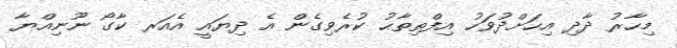
މިހާރު ދާދި އިހަށްދުވަހު އިފްތިތާޙު ކުރެވިގެން އެ ދިޔައީ އެއަރ ކާގޯ ނޫނިއްޔާ